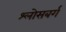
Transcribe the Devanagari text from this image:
श्लोसबर्ग